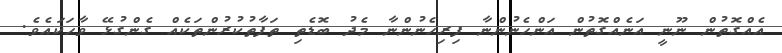
އެއްގޮތުން ނޫނީ އަނެއްގޮތުން އަންހެނުންނާ ފިރިހެނުންނާ މެދު ބޮޑެތި ތަފާތުކުރުންތަކެއް ގެންގުޅޭ ވާހަކައެވެ.